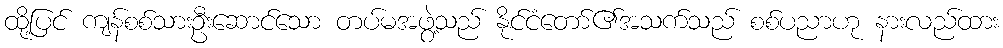
ထို့ပြင် ကျန်စစ်သားဦးဆောင်သော တပ်မအဖွဲ့သည် နိုင်ငံတော်၏အသက်သည် စစ်ပညာဟု နားလည်ထား